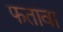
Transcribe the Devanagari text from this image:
फतावा